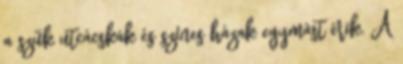
a szűk utcácskák és színes házak egymást érik. A